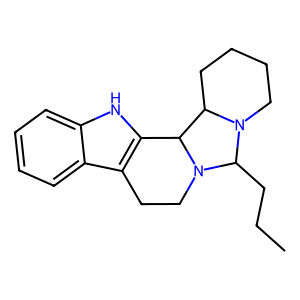
SMILES: CCCC1N2CCCCC2C2c3[nH]c4ccccc4c3CCN21
Inhibits HIV replication: No